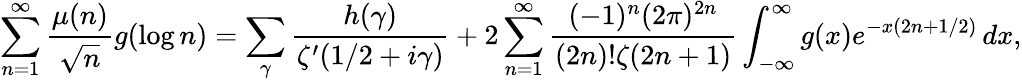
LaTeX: \sum_{n=1}^{\infty}{\frac{\mu(n)}{\sqrt{n}}}g(\log n)=\sum_{\gamma}{\frac{h(\gamma)}{\zeta^{\prime}(1/2+i\gamma)}}+2\sum_{n=1}^{\infty}{\frac{(-1)^{n}(2\pi)^{2n}}{(2n)!\zeta(2n+1)}}\int_{-\infty}^{\infty}g(x)e^{-x(2n+1/2)}\, dx,